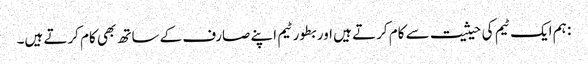
: ہم ایک ٹیم کی حیثیت سے کام کرتے ہیں اور بطور ٹیم اپنے صارف کے ساتھ بھی کام کرتے ہیں۔